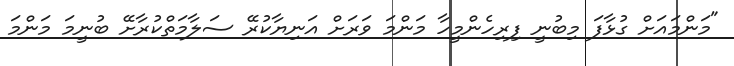
"މަންމައަށް ގުޅާފަ މިބުނީ ފިރިހެންމީހާ މަންމަ ވަރަށް އަނިޔާކުރޭ ސަލާމަތްކުރާށޭ ބުނީމަ މަންމަ